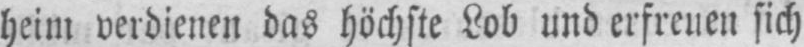
heim verdienen das höchste Lob und erfreuen sich